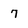
Character: 7